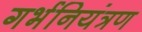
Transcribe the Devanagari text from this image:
गर्भनियंत्रण